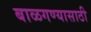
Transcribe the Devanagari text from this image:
बाळगण्यासाठी